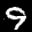
Label: 9